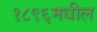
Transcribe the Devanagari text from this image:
१८९६मधील